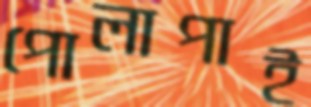
পোলাপাই